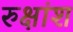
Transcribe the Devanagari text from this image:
रुक्षांश